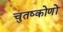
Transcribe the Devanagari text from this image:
चुतष्कोणों